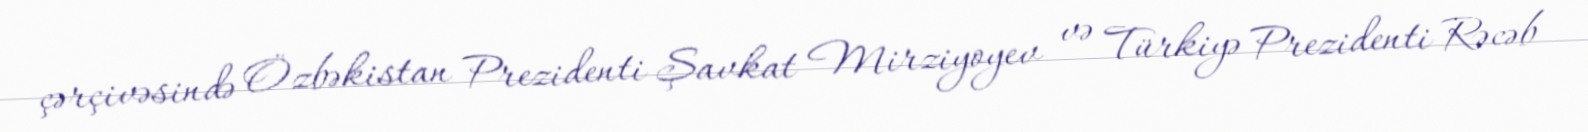
çərçivəsində Özbəkistan Prezidenti Şavkat Mirziyoyev və Türkiyə Prezidenti Rəcəb